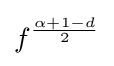
f^{\frac {\alpha +1-d}{2}}